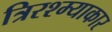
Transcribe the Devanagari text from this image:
त्रिरश्म्याकार